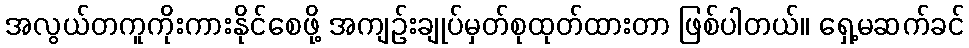
အလွယ်တကူကိုးကားနိုင်စေဖို့ အကျဉ်းချုပ်မှတ်စုထုတ်ထားတာ ဖြစ်ပါတယ်။ ရှေ့မဆက်ခင်